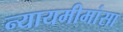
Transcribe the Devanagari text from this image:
न्यायमीमांसा